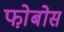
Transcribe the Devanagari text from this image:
फो़बोस